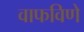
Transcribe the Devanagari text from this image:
वाफविणे